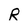
Character: R